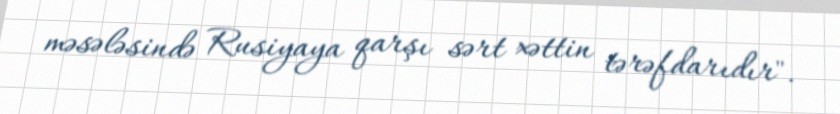
məsələsində Rusiyaya qarşı sərt xəttin tərəfdarıdır".